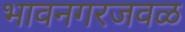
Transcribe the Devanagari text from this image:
भावनगरजवळ